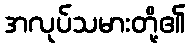
အလုပ်သမားတို့၏